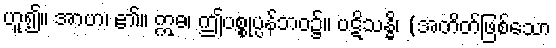
ဟူ၍။ အာဟ၊ ၏။ ဣဓ၊ ဤပစ္စုပ္ပန်ဘဝ၌။ ပဋိသန္ဓိ၊ (အတိတ်ဖြစ်သော